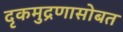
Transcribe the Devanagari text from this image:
दृकमुद्रणासोबत